Annual administration report of the Civil Veterinary Department of India - 1896-1897
Year: 1896
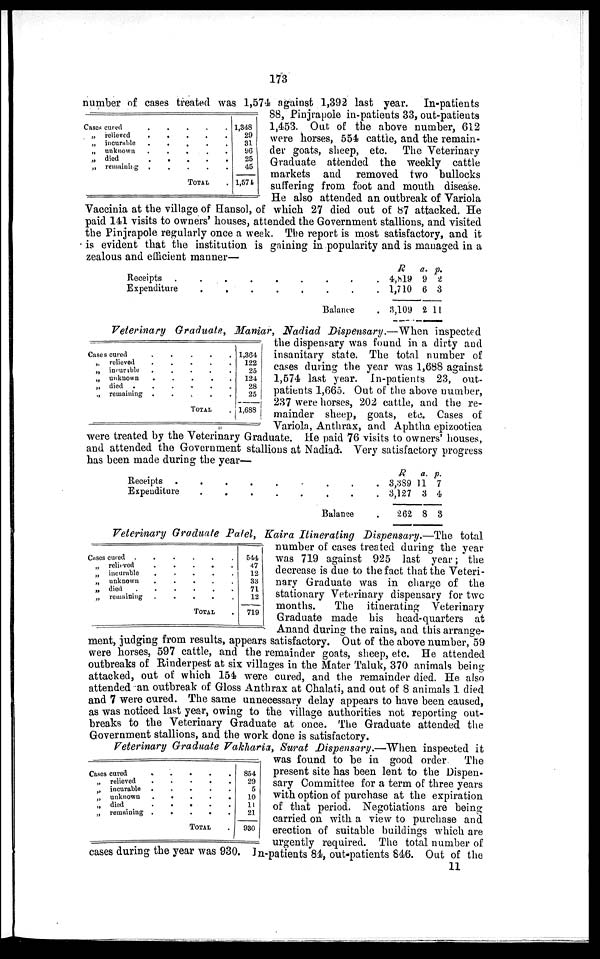
173
number of cases treated was 1,574 against 1,392 last year. In-patients
88, Pinjrapole in-patients 33, out-patients
1,453. Out of the above number, 612
were horses, 554 cattle, and the remain-
der goats, sheep, etc. The Veterinary
Graduate attended the weekly cattle
markets and removed two bullocks
suffering from foot and mouth disease.
He also attended an outbreak of Variola
Vaccinia at the village of Hansol, of which 27 died out of 87 attacked. He
paid 141 visits to owners' houses, attended the Government stallions, and visited
the Pinjrapole regularly once a week. The report is most satisfactory, and it
is evident that the institution is gaining in popularity and is managed in a
zealous and efficient manner—
Cases cured . . . . .
„ relieved
.
.
.
.
.
„ incurable
.
.
.
.
.
„ unknown
.
.
.
.
.
„ died
.
.
.
.
.
„ remaining . . . . .
TOTAL .
1,348
29
31
96
25
45
1,574
Receipts
.
.
.
.
.
.
.
.
.
Expenditure
.
.
.
.
.
.
.
.
Balance .
R
4,819
1,710
3,109
a.
9
6
2
p.
2
3
11
Veterinary Graduate, Maniar, Nadiad Dispensary.—When inspected
the dispensary was found in a dirty and
insanitary state. The total number of
cases during the year was 1,688 against
1,574 last year. In-patients 23, out-
patients 1,665. Out of the above number,
237 were horses, 202 cattle, and the re-
mainder sheep, goats, etc. Cases of
Variola, Anthrax, and Aphtha epizootica
were treated by the Veterinary Graduate. He paid 76 visits to owners' houses,
and attended the Government stallions at Nadiad. Very satisfactory progress
has been made during the year—
Cases cured . . . . .
„ relieved . . . . .
„ incurible
.
.
.
.
.
„ unknown
.
.
.
.
.
„ died . . . . . .
„ remaining . . . . .
TOTAL .
1,364
122
25
124
28
25
1,688
Receipts
.
.
.
.
.
.
.
.
.
Expenditure
.
.
.
.
.
.
.
.
Balance
R
3,389
3,127
262
a.
11
3
8
p.
7
4
3
Veterinary Graduate Patel, Kaira Itinerating Dispensary.—The total
number of cases treated during the year
was 719 against 925 last year; the
decrease is due to the fact that the Veteri-
nary Graduate was in charge of the
stationary Veterinary dispensary for two
months.
The itinerating Veterinary
Graduate made his head-quarters at
Anand during the rains, and this arrange-
ment, judging from results, appears satisfactory. Out of the above number, 59
were horses, 597 cattle, and the remainder goats, sheep, etc. He attended
outbreaks of Rinderpest at six villages in the Mater Taluk, 370 animals being-
attacked, out of which 154 were cured, and the remainder died. He also
attended an outbreak of Gloss Anthrax at Chalati, and out of 8 animals 1 died
and 7 were cured. The same unnecessary delay appears to have been caused,
as was noticed last year, owing to the village authorities not reporting out-
breaks to the Veterinary Graduate at once. The Graduate attended the
Government stallions, and the work done is satisfactory.
Cases cured . . . . . .
„ relieved . . . . .
„ incurable . . . . .
„ unknown . . . . .
„ died . . . . . .
„ remaining . . . . .
TOTAL .
544
47
12
33
71
12
719
Veterinary Graduate Vakharia, Surat Dispensary.— When inspected it
was found to be in good order
The
present site has been lent to the Dispen-
sary Committee for a term of three years
with option of purchase at the expiration
of that period. Negotiations are being
carried on with a view to purchase and
erection of suitable buildings which are
urgently required. The total number of
cases during the year was 930. In-patients 84, out-patients 846. Out of the
Cases cured . . . . .
„ relieved . . . . .
„ incurable . . . . .
„ unknown . . . . .
„ died . . . . .
„ remaining . . . . .
TOTAL .
854
29
5
10
11
21
930
11